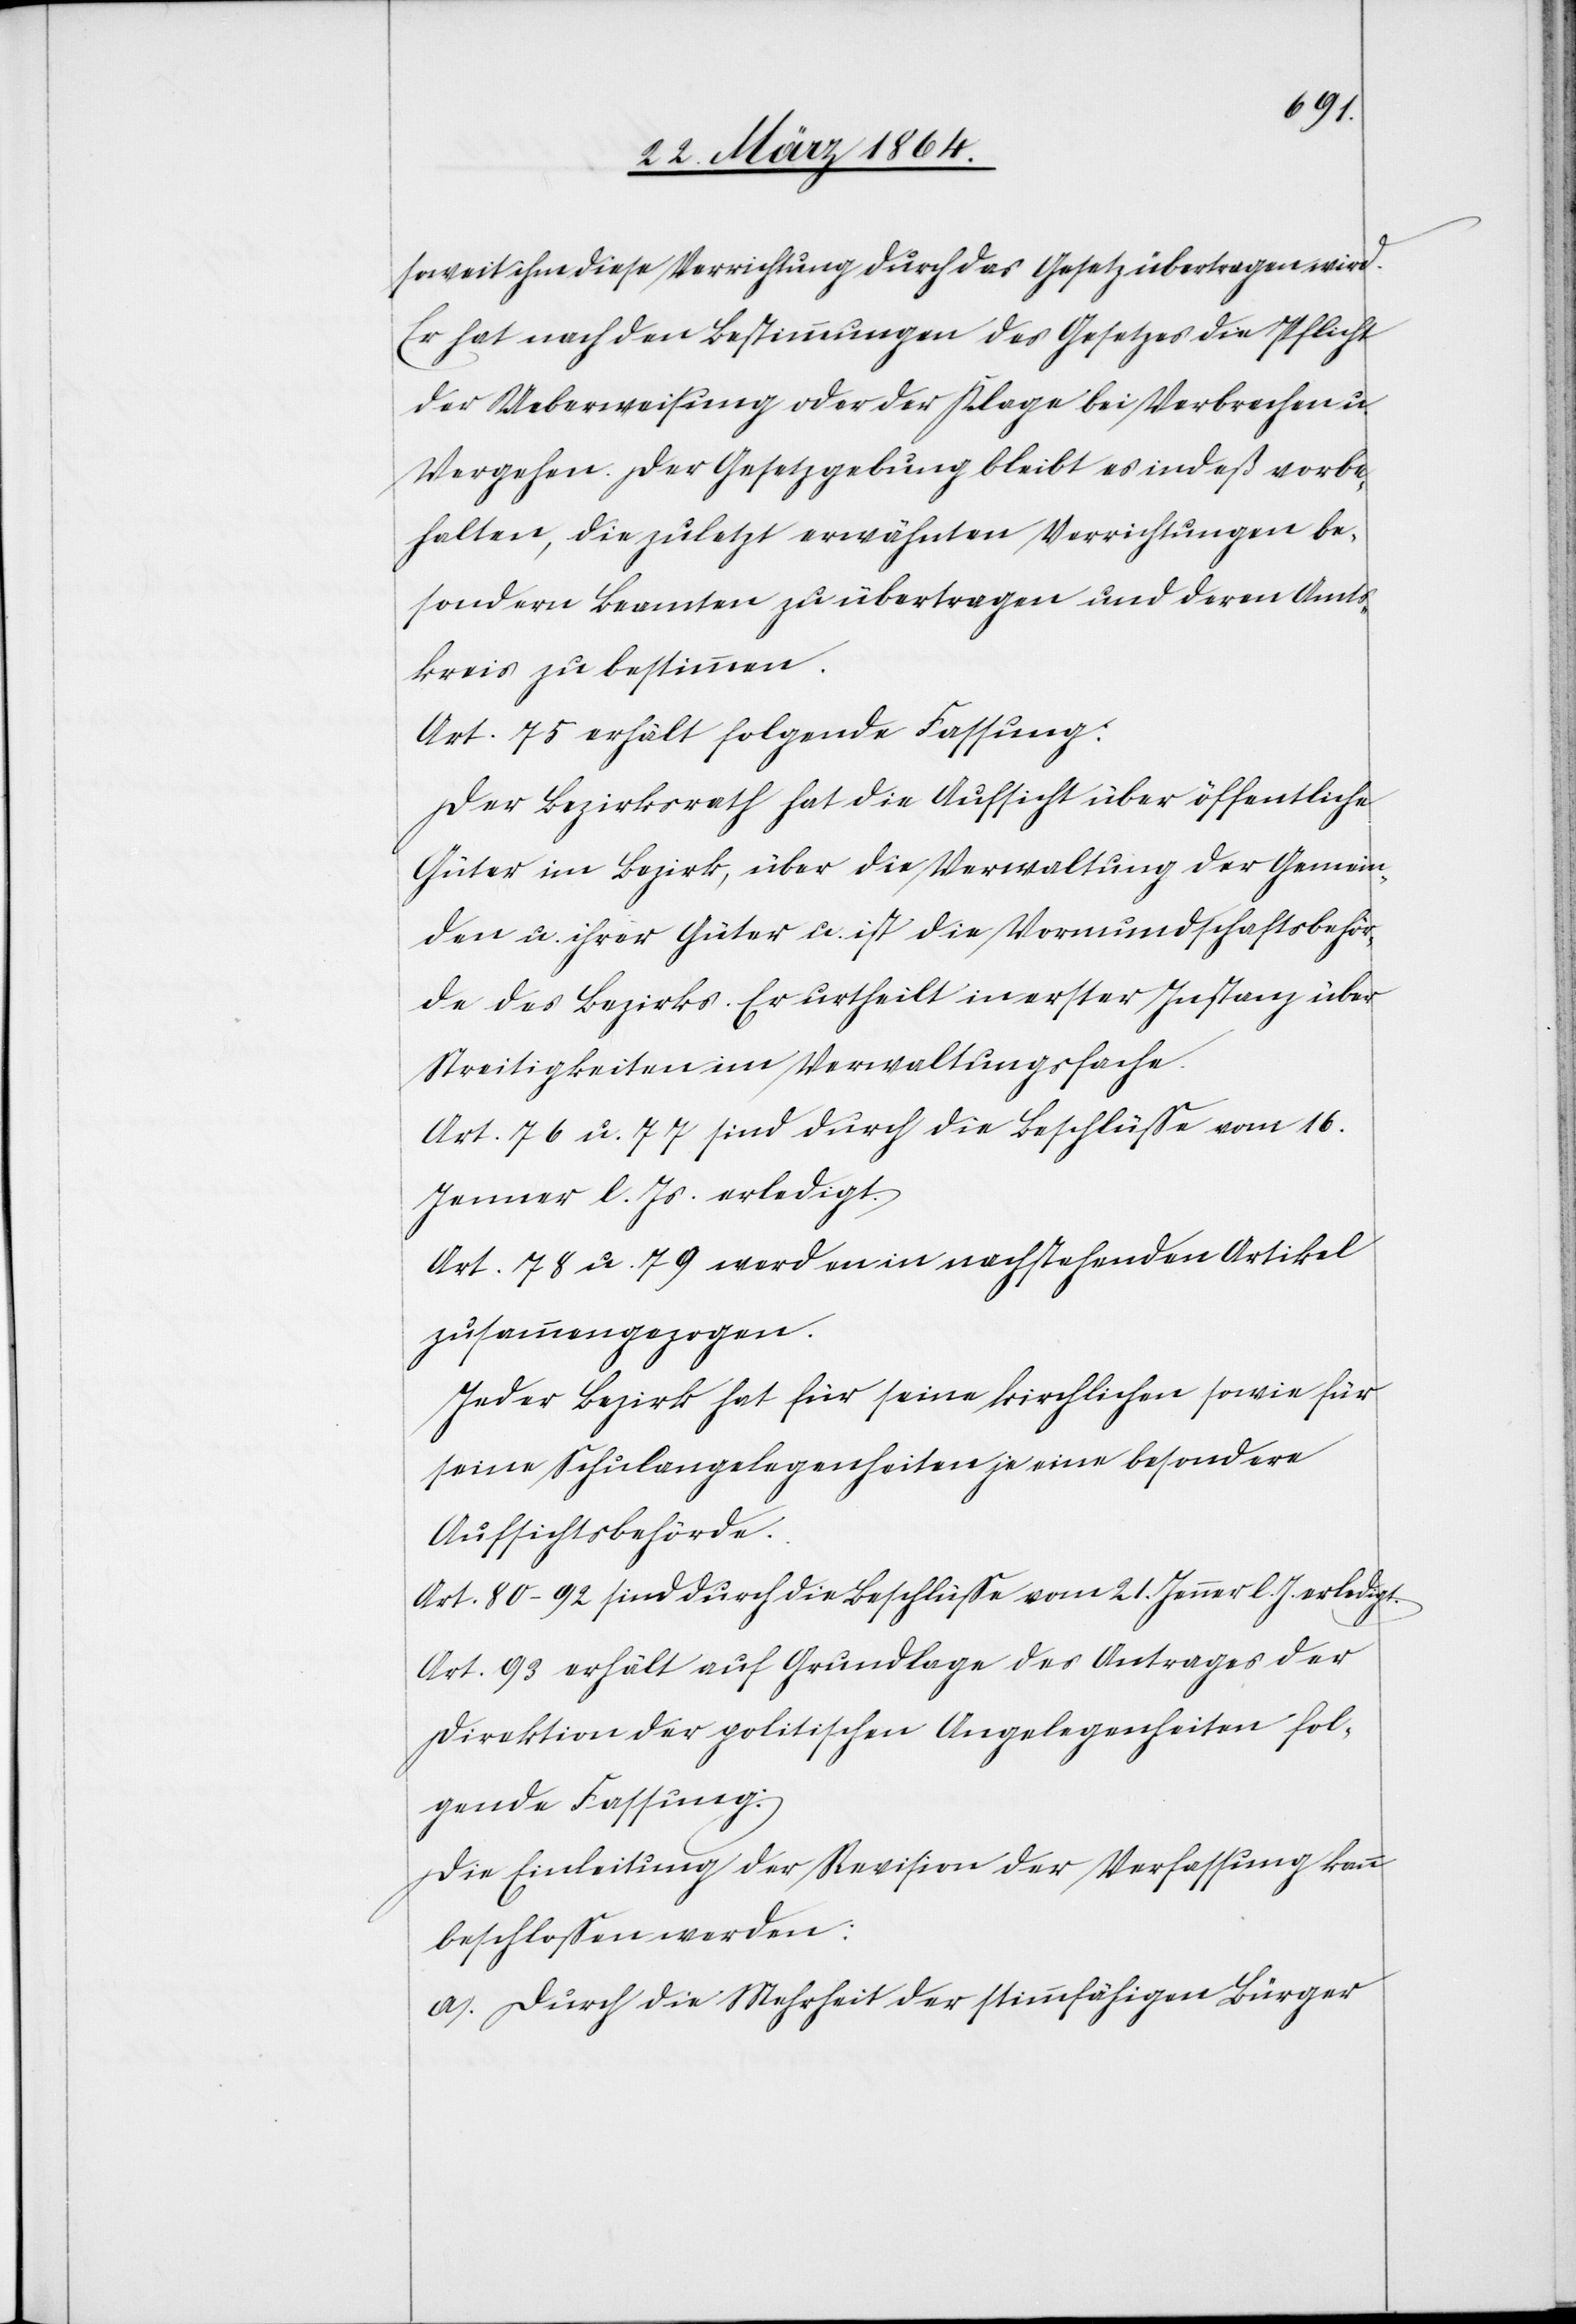
soweit ihm diese Verrichtung durch das Gesetz übertragen wird.
Er hat nach den Bestimmungen des Gesetzes die Pflicht
der Ueberweisung oder der Klage bei Verbrechen u.
Vergehen. Der Gesetzgebung bleibt es indeß vorbe¬
halten, die zuletzt erwähnten Verrichtungen be¬
sondern Beamten zu übertragen und deren Amts¬
kreis zu bestimmen.
Art. 75 erhält folgende Fassung:
Der Bezirksrath hat die Aufsicht über öffentliche
Güter im Bezirk, über die Verwaltung der Gemein¬
den u. ihrer Güter u. ist die Vormundschaftsbehör¬
de des Bezirks. Er urtheilt in erster Instanz über
Streitigkeiten im Verwaltungsfache.
Art. 76 u. 77 sind durch die Beschlüsse vom 16.
Jenner l. Js. erledigt.
Art. 78 u. 79 werden in nachstehenden Artikel
zusammengezogen.
Jeder Bezirk hat für seine kirchlichen sowie für
seine Schulangelegenheiten je eine besondere
Aufsichtsbehörde.
Art. 80-92 sind durch die Beschlüsse vom 21. Jenner l. J. erledigt.
Art. 93 erhält auf Grundlage des Antrages der
Direktion der politischen Angelegenheiten fol¬
gende Fassung:
Die Einleitung der Revision der Verfassung kann
beschlossen werden:
a.) Durch die Mehrheit der stimmfähigen Bürger